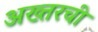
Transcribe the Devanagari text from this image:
अख्तरची